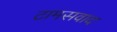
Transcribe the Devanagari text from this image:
टामसवाद